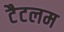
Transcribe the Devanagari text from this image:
टैटलम